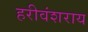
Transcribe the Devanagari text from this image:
हरीवंशराय